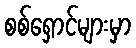
စစ်ရှောင်များမှာ